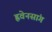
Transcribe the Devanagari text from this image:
ह्ववेनसांग